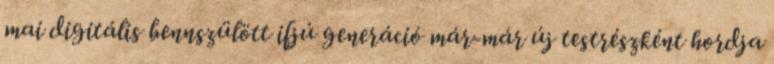
mai digitális bennszülött ifjú generáció már-már új testrészként hordja